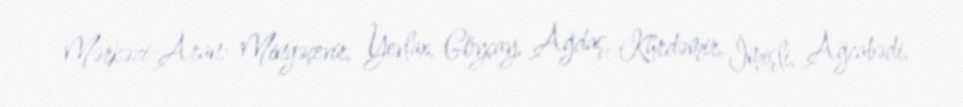
Mərkəzi-Aran: Mingəçevir, Yevlax, Göyçay, Ağdaş, Kürdəmir, İmişli, Ağcabədi,